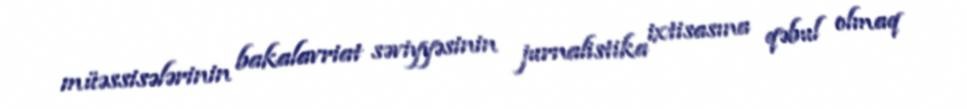
müəssisələrinin bakalavriat səviyyəsinin jurnalistika ixtisasına qəbul olmaq